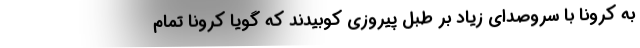
به کرونا با سروصدای زیاد بر طبل پیروزی کوبیدند که گویا کرونا تمام